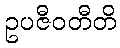
ဥပဇီဝတီတိ